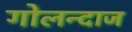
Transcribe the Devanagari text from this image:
गोलन्दाज